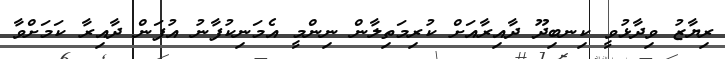
ރިޔާޒު ވިދާޅުވީ ކިނބިދޫ ދާއިރާއަށް ކުރިމަތިލާން ނިންމީ އެމަނިކުފާނު އުފަން ދާއިރާ ކަމަށްވާ